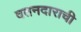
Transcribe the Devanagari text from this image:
वतनदाराची